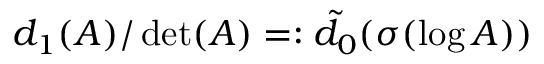
d _ { 1 } ( A ) / \operatorname * { d e t } ( A ) = : \tilde { d } _ { 0 } ( \sigma ( \log A ) )